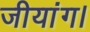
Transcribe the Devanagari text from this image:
जीयांग।